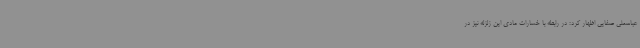
عباسعلی صفایی اظهار کرد: در رابطه با خسارات مادی این زلزله نیز در